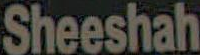
Sheeshah